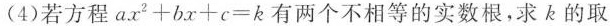
(4)若方程$$a x^{2} + b x + c = k$$有两个不相等的实数根，求k的取